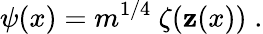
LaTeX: \psi(x)=m^{1/4}\ \zeta\! \left(\mathbf{z}(x)\right)\; .